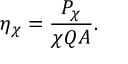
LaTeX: \quad \eta _ { \chi } = { \frac { P _ { \chi } } { \chi Q A } } .